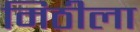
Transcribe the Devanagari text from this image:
मिठीला